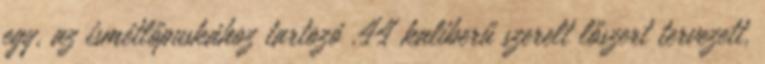
egy, az ismétlőpuskához tartozó .44 kaliberű szerelt lőszert tervezett.